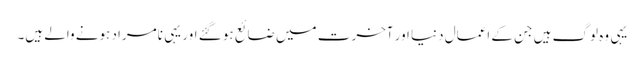
یہی وہ لوگ ہیں جن کے اعمال دنیا اور آخرت میں ضائع ہو گئے اور یہی نامراد ہونے والے ہیں۔